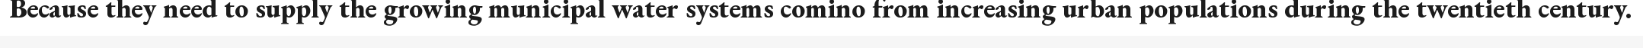
Because they need to supply the growing municipal water systems comino from increasing urban populations during the twentieth century.